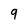
Character: 9